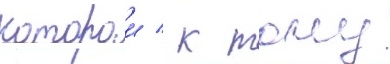
которои / к тому